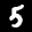
Label: 5